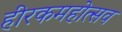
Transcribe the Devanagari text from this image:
हीरकमहोत्सव